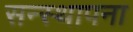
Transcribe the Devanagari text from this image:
सन्स्थापना